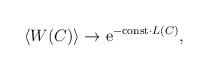
LaTeX: \begin{align*}\left<W(C)\right>\to {\rm e}^{-{\rm const}\cdot L(C)},\end{align*}